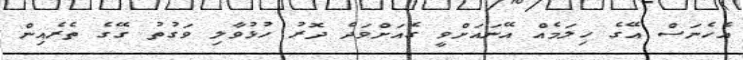
އެހެނަސް އޭގެ ހިލަމެއް އޭނައަށްވީ ގެއަށްވަދެ ދޮރު ހުޅުވާލި ވަގުތު ގޭގެ ތެރެއިން